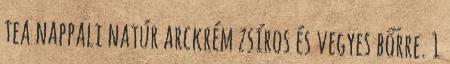
tea nappali natúr arckrém zsíros és vegyes bőrre. 1